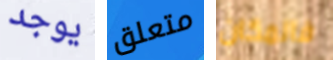
يوجد متعلق فالمكان